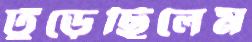
ঢুঁড়েছিলেম